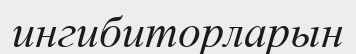
ингибиторларын